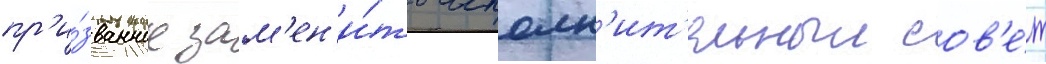
пр'и́званное зам'ен'и́ть исполн'ит'ельныи сов'е́т